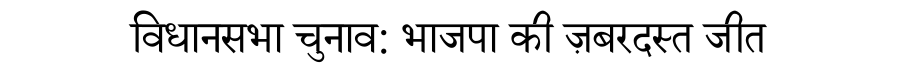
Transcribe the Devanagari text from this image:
विधानसभा चुनाव: भाजपा की ज़बरदस्त जीत